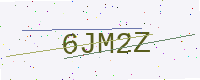
Text: 6JM2Z